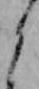
よ